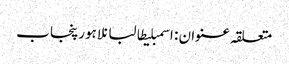
متعلقہ عنوان : اسمبلیطالبانلاہورپنجاب